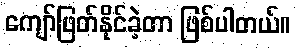
ကျော်ဖြတ်နိုင်ခဲ့တာ ဖြစ်ပါတယ်။